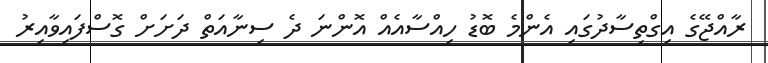
ރާއްޖޭގެ އިގްތިސާދުގައި އެންމެ ބޮޑު ހިއްސާއެއް އޮންނަ ދެ ސިނާއަތް ދަށަށް ގޮސްފައިވާއިރު